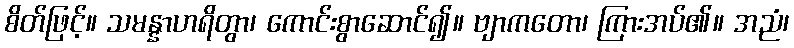
စိတ်ဖြင့်။ သမန္နာဟရိတွာ၊ ကောင်းစွာဆောင်၍။ ဗျာကတော၊ ကြားအပ်၏။ အညံ၊